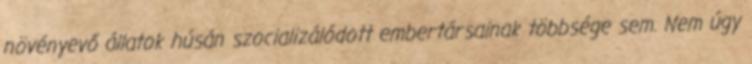
növényevő állatok húsán szocializálódott embertársainak többsége sem. Nem úgy